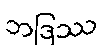
ဘဒြဿ